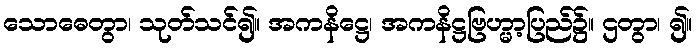
သောဓေတွာ၊ သုတ်သင်၍။ အကနိဋ္ဌေ၊ အကနိဋ္ဌဗြဟ္မာ့ပြည်၌။ ဌတွာ၊ ၍။